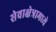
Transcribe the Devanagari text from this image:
सेवाक्षेत्रामध्ये